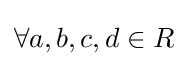
\forall a,b,c,d\in R